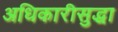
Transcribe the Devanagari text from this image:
अधिकारीसुद्धा